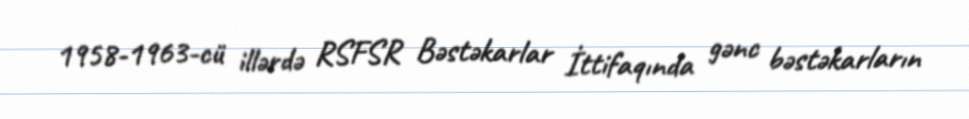
1958-1963-cü illərdə RSFSR Bəstəkarlar İttifaqında gənc bəstəkarların